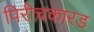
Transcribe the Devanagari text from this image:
पिरीचकारड